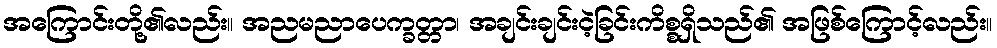
အကြောင်းတို့၏လည်း။ အညမညာပေက္ခတ္တာ၊ အချင်းချင်းငဲ့ခြင်းကိစ္စရှိသည်၏ အဖြစ်ကြောင့်လည်း။